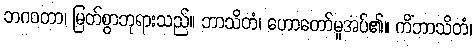
ဘဂဝတာ၊ မြတ်စွာဘုရားသည်။ ဘာသိတံ၊ ဟောတော်မူအပ်၏။ ကိံဘာသိတံ၊